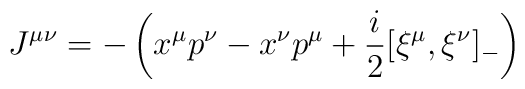
J^{\mu\nu}=-\left(x^\mu p^\nu-x^\nu p^\mu+\frac{i}{2}[\xi^\mu,\xi^\nu]_-\right)